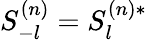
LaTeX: S_{-l}^{(n)}=S_{l}^{(n)*}